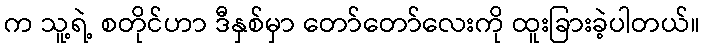
က သူ့ရဲ့ စတိုင်ဟာ ဒီနှစ်မှာ တော်တော်လေးကို ထူးခြားခဲ့ပါတယ်။